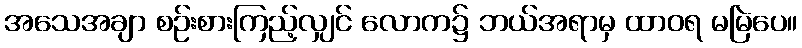
အသေအချာ စဉ်းစားကြည့်လျှင် လောက၌ ဘယ်အရာမှ ထာဝရ မမြဲပေ။